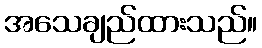
အသေချည်ထားသည်။